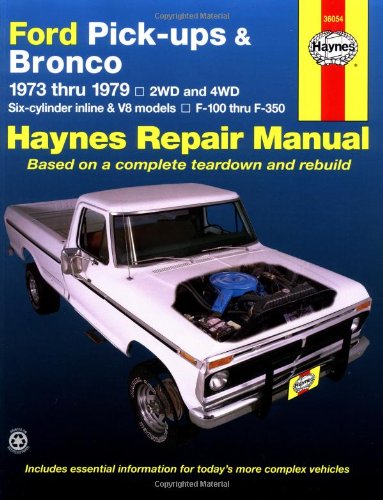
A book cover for Ford Pick-ups & Bronco Automotive Repair Manual (1973 - 1979); Dennis Yamaguchi; Engineering & Transportation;